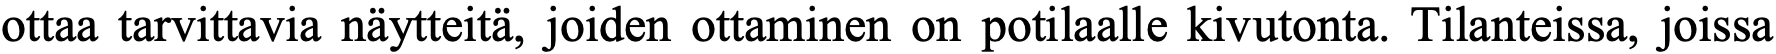
ottaa tarvittavia näytteitä, joiden ottaminen on potilaalle kivutonta. Tilanteissa, joissa